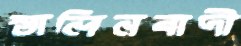
স্তালিনবাদী